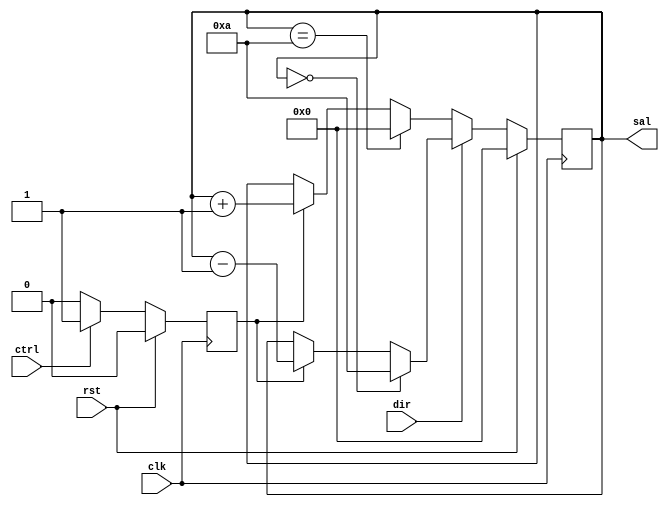
//Modulo
module PWM (clk,rst,sal,ctrl,dir);

//Puertos
input 		 clk,rst,ctrl,dir;
output reg 	[3:0] 	sal;
		 reg 				estados;
//Paramteros
parameter contar=1, pausa=0;

always@(posedge clk)
begin
	if(rst==1)
		estados=pausa;
	else
	case(estados)
		pausa:
			if(ctrl==1)
			estados=contar;
			
		contar:
			if(ctrl==0)
			estados=pausa;
	endcase

end


always@(posedge clk)
begin
	if(rst==1)
		sal=0;
	else
	
	if(dir==0)
	begin
		if(sal==10)
			sal=0;
		else
			if(estados==contar)
				sal=sal+1;
	end

	else
	if(dir==1)
	begin
	if(sal==0)
		sal=10;
	else
		if(estados==contar)
				sal=sal-1;
	end
end	
endmodule